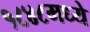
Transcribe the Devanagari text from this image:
१८४८मध्ये